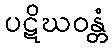
ပဋိဃဝန္တံ